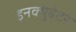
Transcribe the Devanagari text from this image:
इनक्युबेटर